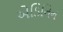
એડિનિન